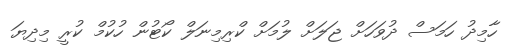
ހާމިދު ހަމަސް ދުވަހަށް ޖަލަށް ލުމަށް ކްރިމިނަލް ކޯޓުން ހުކުމް ކުރީ މިދިޔަ